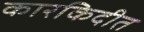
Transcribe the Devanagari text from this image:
कारकिदीत